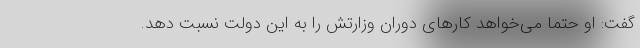
گفت: او حتما می‌خواهد کارهای دوران وزارتش را به این دولت نسبت دهد.